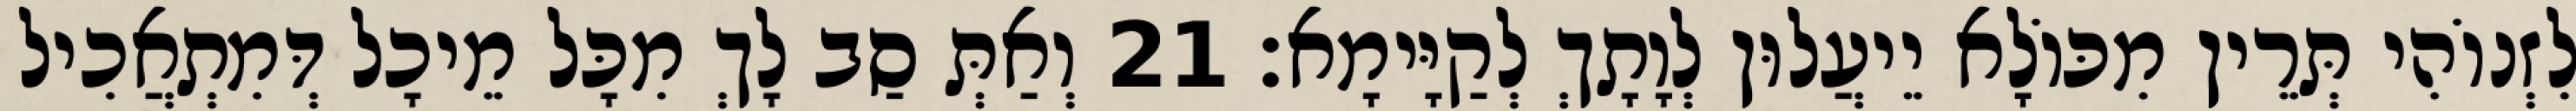
לִזְנוֹהִי תְּרֵין מִכּוֹלָא יֵיעֲלוּן לְוָתָךְ לְקַיָּימָא׃ 21 וְאַתְּ סַב לָךְ מִכָּל מֵיכָל דְּמִתְאֲכִיל